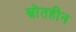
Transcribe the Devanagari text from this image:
स्रोतहीन